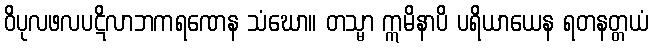
ဝိပုလဖလပဋိလာဘကရဏေန သံဃော။ တသ္မာ ဣမိနာပိ ပရိယာယေန ရတနတ္တယံ